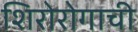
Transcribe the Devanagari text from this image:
शिरोरोगाची